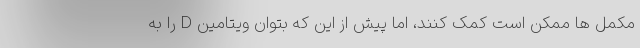
مکمل ها ممکن است کمک کنند، اما پیش از این که بتوان ویتامین D را به